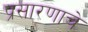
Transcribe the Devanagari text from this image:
प्रसारणाचे